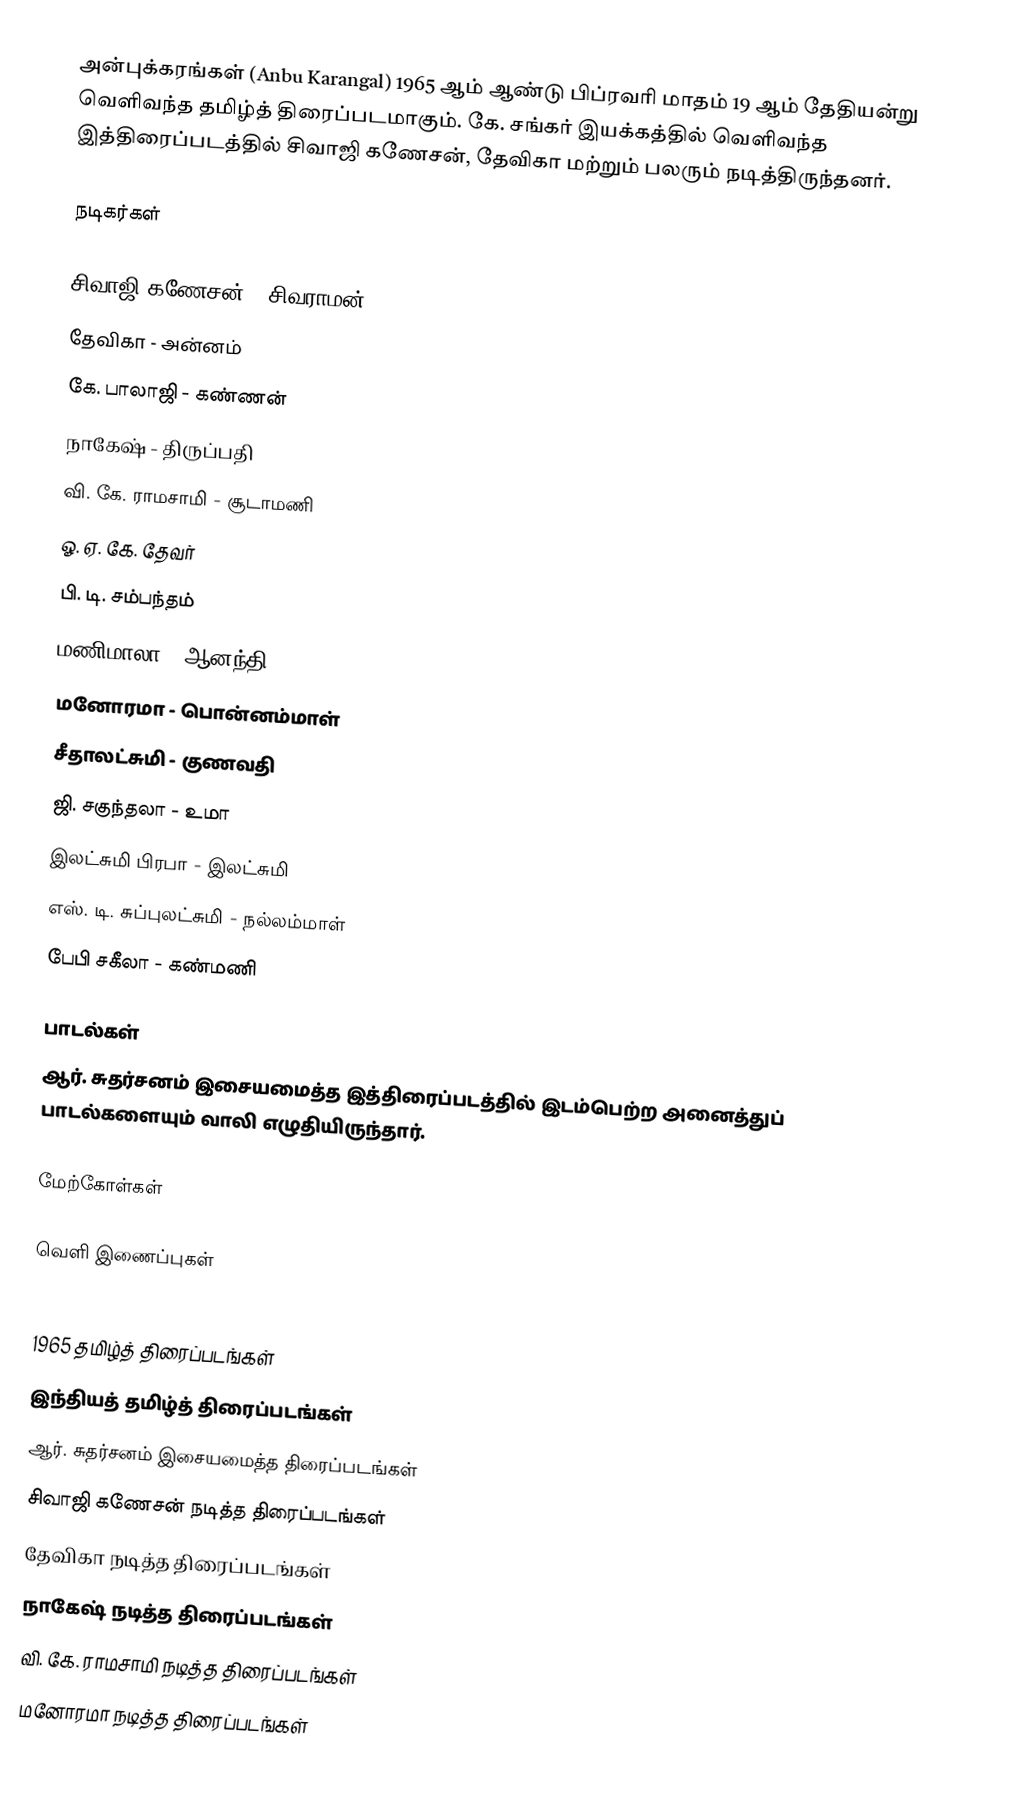
அன்புக்கரங்கள் (Anbu Karangal) 1965 ஆம் ஆண்டு பிப்ரவரி மாதம் 19 ஆம் தேதியன்று  வெளிவந்த தமிழ்த் திரைப்படமாகும். கே. சங்கர் இயக்கத்தில் வெளிவந்த இத்திரைப்படத்தில் சிவாஜி கணேசன், தேவிகா மற்றும் பலரும் நடித்திருந்தனர்.

நடிகர்கள்

 சிவாஜி கணேசன் - சிவராமன்
 தேவிகா - அன்னம்
 கே. பாலாஜி - கண்ணன்
 நாகேஷ் - திருப்பதி
 வி. கே. ராமசாமி - சூடாமணி
 ஓ. ஏ. கே. தேவர்
 பி. டி. சம்பந்தம்
 மணிமாலா - ஆனந்தி
 மனோரமா - பொன்னம்மாள்
 சீதாலட்சுமி - குணவதி
 ஜி. சகுந்தலா - உமா
 இலட்சுமி பிரபா - இலட்சுமி
 எஸ். டி. சுப்புலட்சுமி - நல்லம்மாள்
 பேபி சகீலா - கண்மணி

பாடல்கள்
ஆர். சுதர்சனம் இசையமைத்த இத்திரைப்படத்தில் இடம்பெற்ற அனைத்துப் பாடல்களையும் வாலி எழுதியிருந்தார்.

மேற்கோள்கள்

வெளி இணைப்புகள்

1965 தமிழ்த் திரைப்படங்கள்
இந்தியத் தமிழ்த் திரைப்படங்கள்
ஆர். சுதர்சனம் இசையமைத்த திரைப்படங்கள்
சிவாஜி கணேசன் நடித்த திரைப்படங்கள்
தேவிகா நடித்த திரைப்படங்கள்
நாகேஷ் நடித்த திரைப்படங்கள்
வி. கே. ராமசாமி நடித்த திரைப்படங்கள்
மனோரமா நடித்த திரைப்படங்கள்